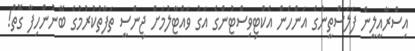
އިސްރާއީލީން ފަލަސްތީނުގެ އަންހެން އެކްޓިވިސްޓުންގެ އަގު ވައްޓާލުމަށް ޖިންސީ ތަފާތުކުރުުމުގެ ބޭނުންހިފާ ގޮތް!